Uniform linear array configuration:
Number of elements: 48
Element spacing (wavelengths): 0.25
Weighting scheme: kaiser
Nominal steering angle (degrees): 15
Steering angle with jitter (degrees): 13.633
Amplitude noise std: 0.05
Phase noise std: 0.05

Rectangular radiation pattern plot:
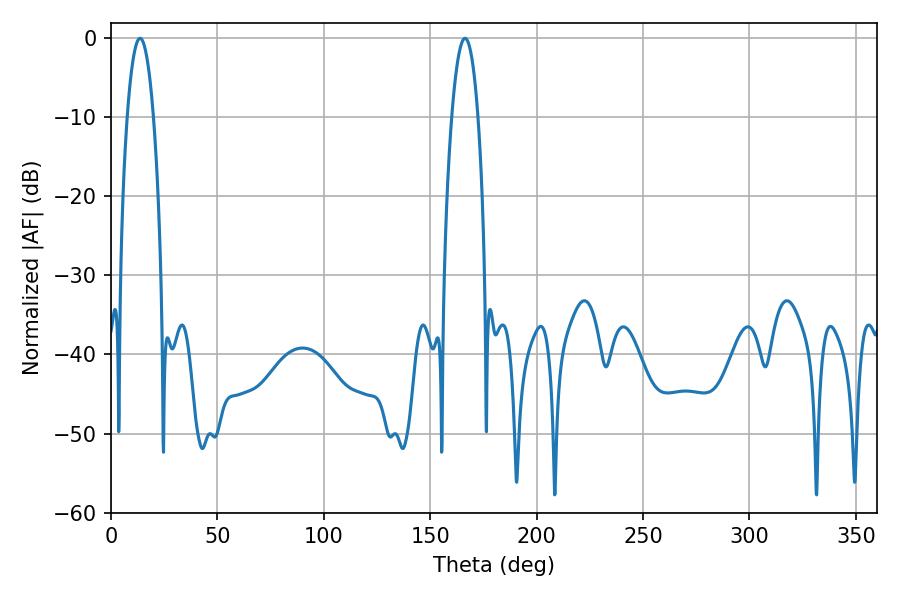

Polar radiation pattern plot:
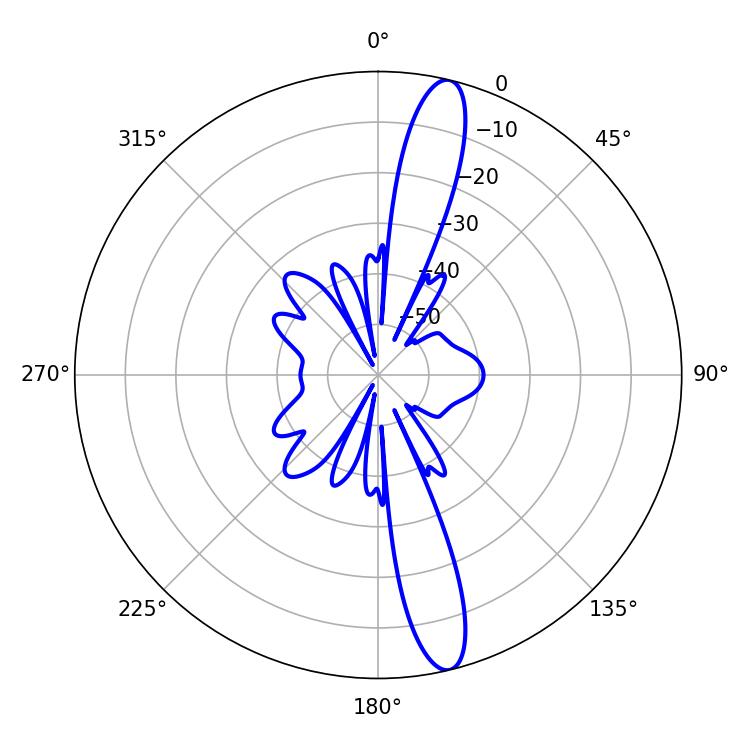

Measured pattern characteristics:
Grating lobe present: FALSE
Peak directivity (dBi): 15.194
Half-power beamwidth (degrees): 6.84
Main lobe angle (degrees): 13.68